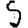
Digit: 5